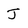
Character: j